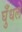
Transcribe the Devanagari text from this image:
घुँधले